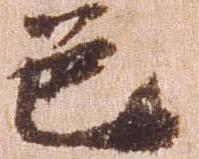
色